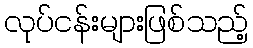
လုပ်ငန်းများဖြစ်သည့်